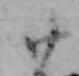
廿